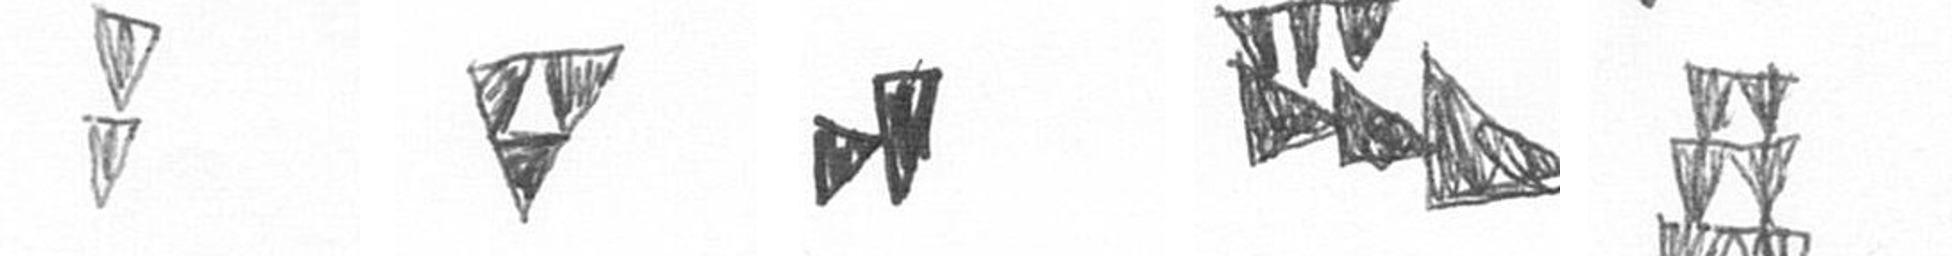
Z S M D Y